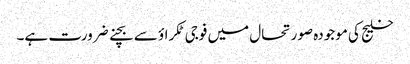
خلیج کی موجودہ صورتحال میں فوجی ٹکراؤ سے بچنے ضرورت ہے۔